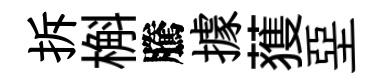
拆槲騰據𫉬堊